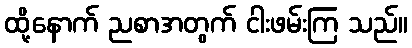
ထို့နောက် ညစာအတွက် ငါးဖမ်းကြ သည်။